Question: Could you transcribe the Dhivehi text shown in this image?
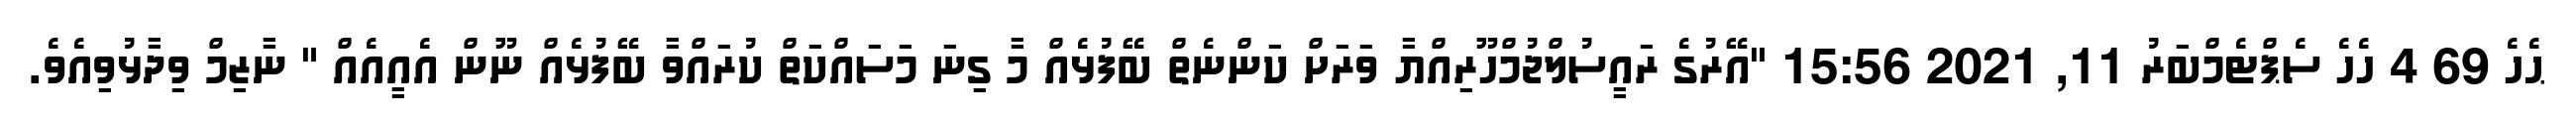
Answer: ޙެހެ 69 4 ހެހެ ސެޕްޓެމްބަރު 11, 2021 15:56 "އޭރުގެ ރައީސުލްޖުމްހޫރިއްޔާ ވަރަށް ކަންނެތް ބޭފުޅެއް މާ ގިނަ މަސައްކަތް ކުރައްވާ ބޭފުޅެއް ނޫން އެއީއެއް " ނާޒިމް ވިދާޅުވިއެވެ.